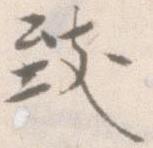
致